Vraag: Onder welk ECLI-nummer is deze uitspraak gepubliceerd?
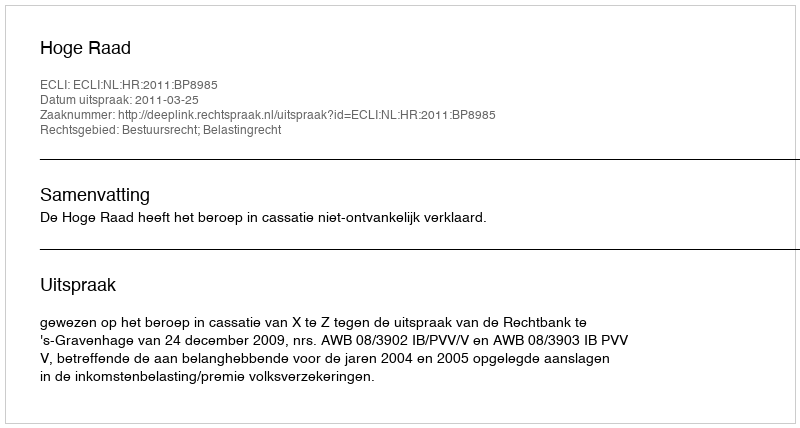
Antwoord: ECLI:NL:HR:2011:BP8985